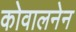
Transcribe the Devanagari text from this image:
कोवालनेन